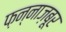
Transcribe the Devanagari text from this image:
फ़न्नाज़बूर